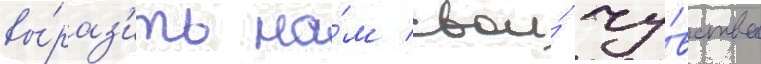
вы́раз'ить на́м свои́ чу́вства